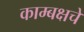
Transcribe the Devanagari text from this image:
काम्बक्षचे